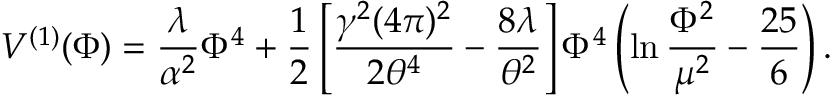
V ^ { ( 1 ) } ( \Phi ) = \frac { \lambda } { \alpha ^ { 2 } } \Phi ^ { 4 } + \frac { 1 } { 2 } \left[ \frac { \gamma ^ { 2 } ( 4 \pi ) ^ { 2 } } { 2 \theta ^ { 4 } } - \frac { 8 \lambda } { \theta ^ { 2 } } \right] \Phi ^ { 4 } \left( \ln \frac { \Phi ^ { 2 } } { \mu ^ { 2 } } - \frac { 2 5 } { 6 } \right) .